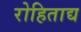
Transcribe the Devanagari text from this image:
रोहिताद्य